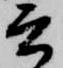
言